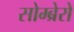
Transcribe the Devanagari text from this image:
सोम्ब्रेरो